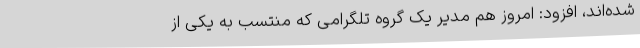
شده‌اند، افزود: امروز هم مدیر یک گروه تلگرامی که منتسب به یکی از